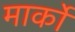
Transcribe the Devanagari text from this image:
मार्को